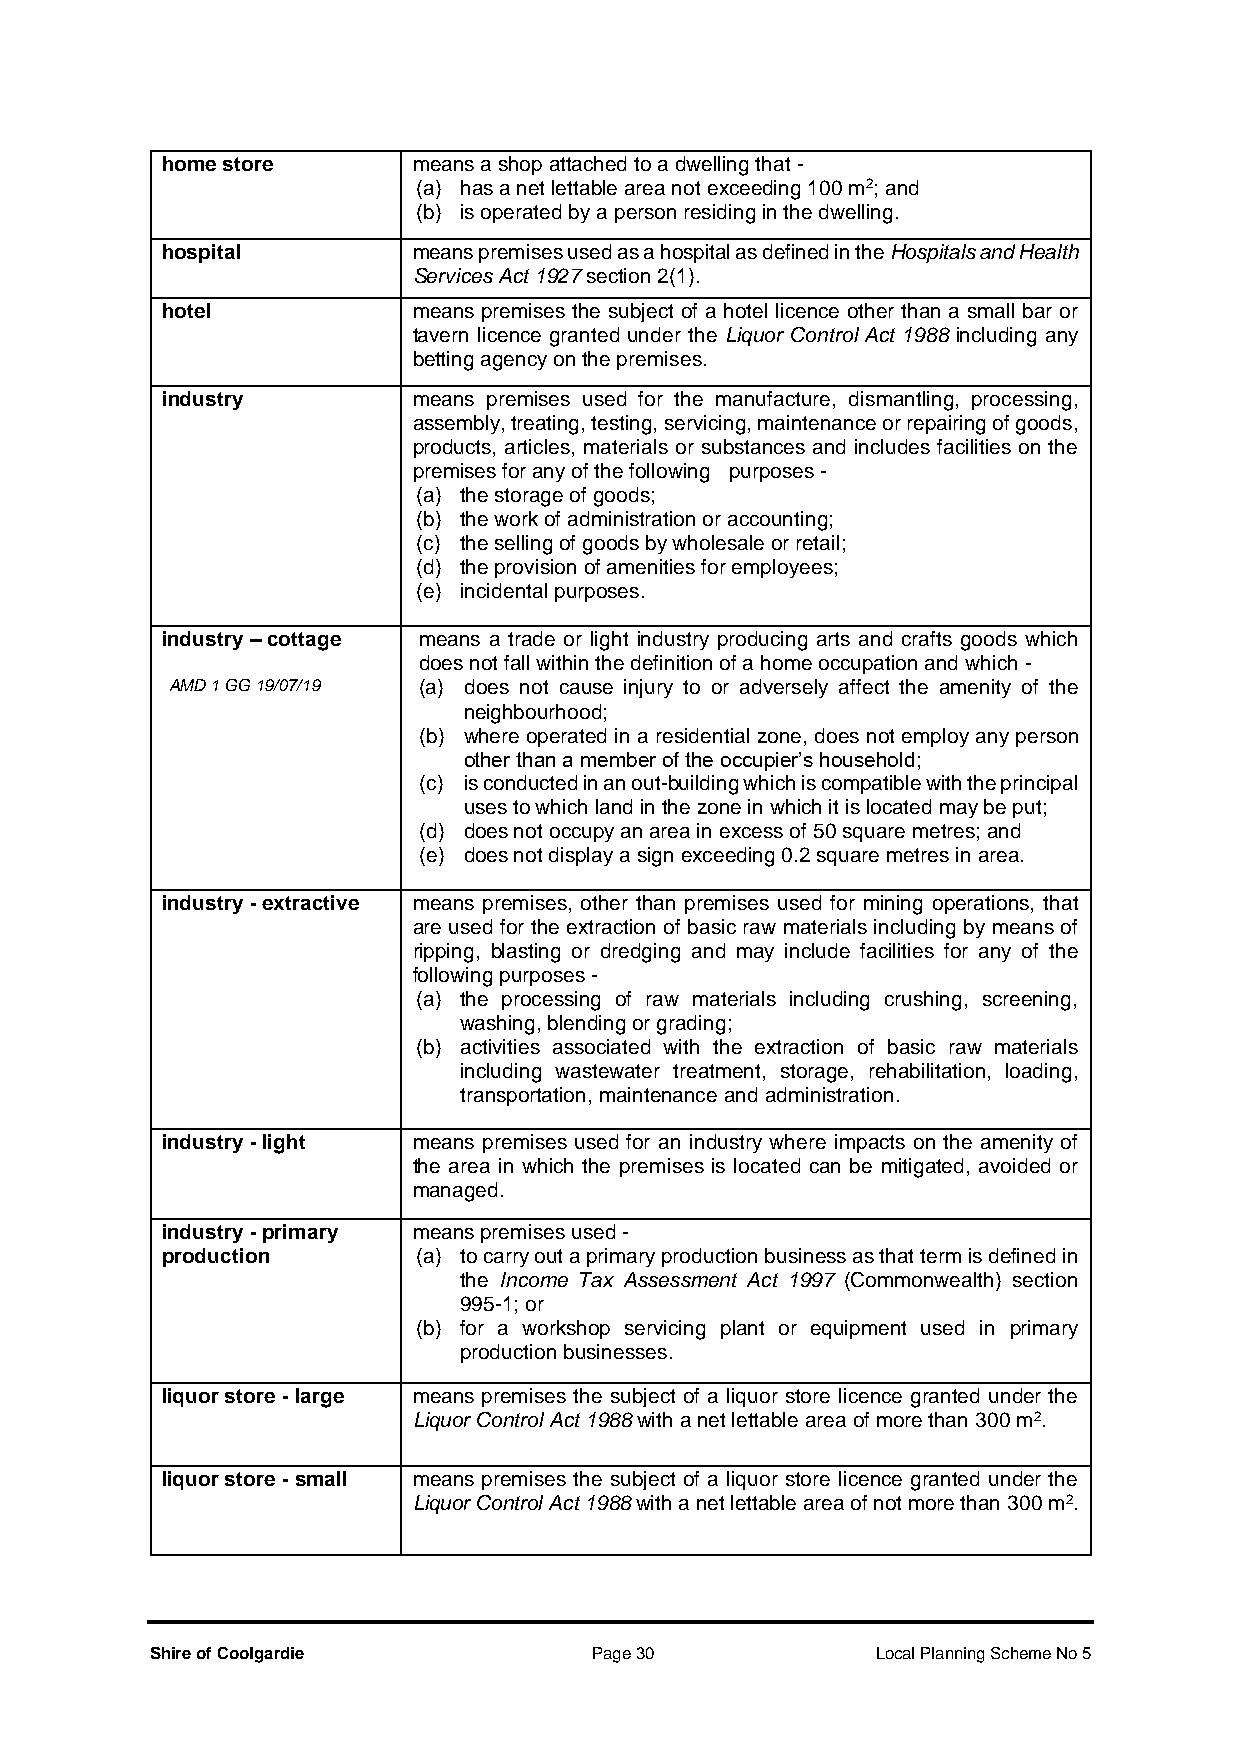
home store      means a shop attached to a dwelling that -
 (a) has a net lettable area not exceeding 100 m2; and
 (b) is operated by a person residing in the dwelling.
 hospital        means premises used as a hospital as defined in the Hospitals and Health
 Services Act 1927 section 2(1).
 hotel           means premises the subject of a hotel licence other than a small bar or
 tavern licence granted under the Liquor Control Act 1988 including any
 betting agency on the premises.
 industry        means premises used for the manufacture, dismantling, processing,
 assembly, treating, testing, servicing, maintenance or repairing of goods,
 products, articles, materials or substances and includes facilities on the
 premises for any of the following purposes -
 (a) the storage of goods;
 (b) the work of administration or accounting;
 (c) the selling of goods by wholesale or retail;
 (d) the provision of amenities for employees;
 (e) incidental purposes.
 industry – cottage means a trade or light industry producing arts and crafts goods which
 does not fall within the definition of a home occupation and which -
 AMD 1 GG 19/07/19 (a) does not cause injury to or adversely affect the amenity of the
 neighbourhood;
 (b) where operated in a residential zone, does not employ any person
 other than a member of the occupier’s household;
 (c) is conducted in an out-building which is compatible with the principal
 uses to which land in the zone in which it is located may be put;
 (d) does not occupy an area in excess of 50 square metres; and
 (e) does not display a sign exceeding 0.2 square metres in area.
 industry - extractive means premises, other than premises used for mining operations, that
 are used for the extraction of basic raw materials including by means of
 ripping, blasting or dredging and may include facilities for any of the
 following purposes -
 (a) the processing of raw materials including crushing, screening,
 washing, blending or grading;
 (b) activities associated with the extraction of basic raw materials
 including wastewater treatment, storage, rehabilitation, loading,
 transportation, maintenance and administration.
 industry - light means premises used for an industry where impacts on the amenity of
 the area in which the premises is located can be mitigated, avoided or
 managed.
 industry - primary means premises used -
 production       (a) to carry out a primary production business as that term is defined in
 the Income Tax Assessment Act 1997 (Commonwealth) section
 995-1; or
 (b) for a workshop servicing plant or equipment used in primary
 production businesses.
 liquor store - large means premises the subject of a liquor store licence granted under the
 Liquor Control Act 1988 with a net lettable area of more than 300 m2.
 liquor store - small means premises the subject of a liquor store licence granted under the
 Liquor Control Act 1988 with a net lettable area of not more than 300 m2.
 Shire of Coolgardie          Page 30            Local Planning Scheme No 5